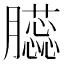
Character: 𦢬